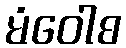
မံဝေါစ